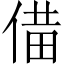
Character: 𪝌